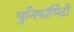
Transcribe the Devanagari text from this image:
युनिफॉर्मिटी